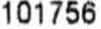
101756